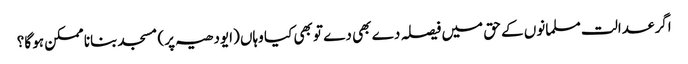
اگر عدالت مسلمانوں کے حق میں فیصلہ دے بھی دے تو بھی کیا وہاں (ایودھیہ پر) مسجد بنانا ممکن ہو گا؟